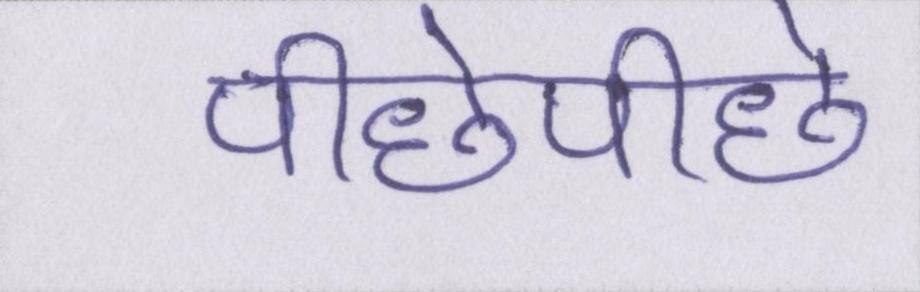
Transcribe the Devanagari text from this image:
पीछेपीछे